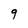
Character: 9